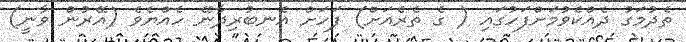
ތެދުމަގު ދެއްކެވުމަށްފަހުގައި ( ގެ ތެރެއަށް) ފަހަށް އެނބުރިދާނޭ ހެއްޔެވެ (އޭރުން ވާނީ)